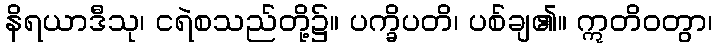
နိရယာဒီသု၊ ငရဲစသည်တို့၌။ ပက္ခိပတိ၊ ပစ်ချ၏။ ဣတိဝတွာ၊